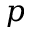
p